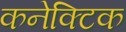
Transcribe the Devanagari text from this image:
कनेक्टिक